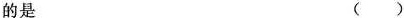
的是 ()